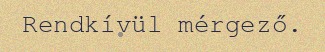
Rendkívül mérgező.